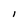
Character: I